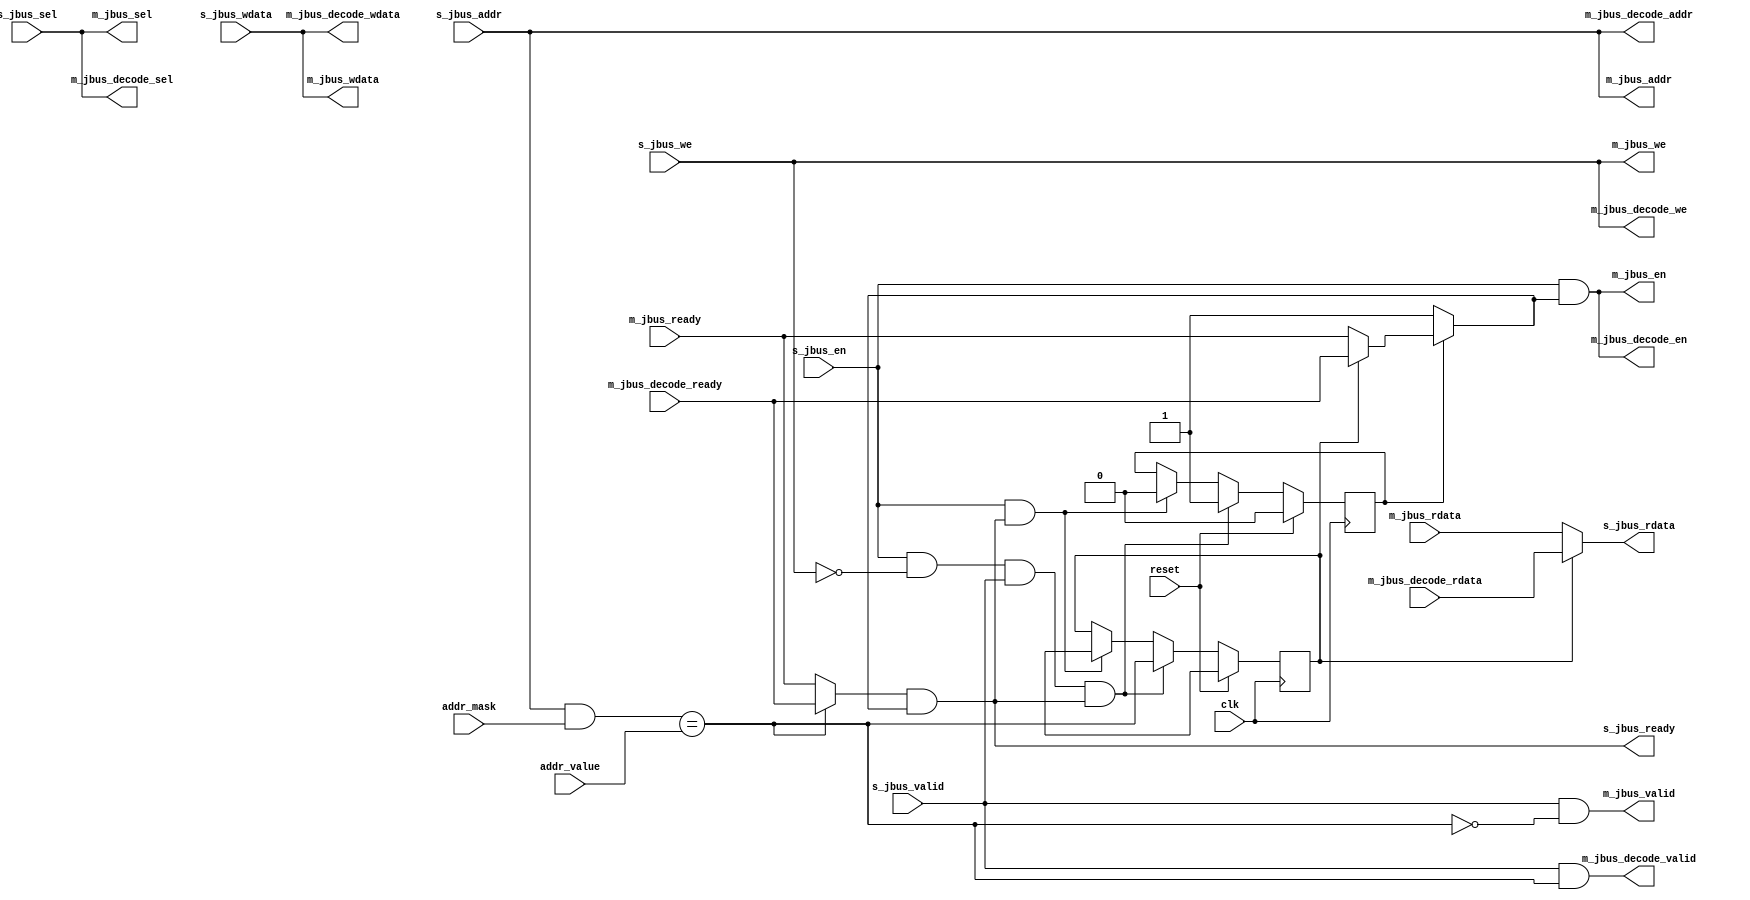
// This program was cloned from: https://github.com/ryuz/jelly
// License: MIT License

// ---------------------------------------------------------------------------
//  Jelly  -- The platform for real-time computing
//
//                                 Copyright (C) 2008-2015 by Ryuz
//                                 https://github.com/ryuz/jelly.git
// ---------------------------------------------------------------------------



`timescale 1ns / 1ps
`default_nettype none


// Jelly bus to WISHBONE bus bridge
module jelly_jbus_decoder
        #(
            parameter   SLAVE_ADDR_WIDTH   = 30,
            parameter   SLAVE_DATA_SIZE    = 2,                 // 0:8bit, 1:16bit, 2:32bit ...
            parameter   SLAVE_DATA_WIDTH   = (8 << SLAVE_DATA_SIZE),
            parameter   SLAVE_SEL_WIDTH    = (SLAVE_DATA_WIDTH / 8),
            
            parameter   DEC_ADDR_WIDTH     = SLAVE_ADDR_WIDTH
        )
        (
            // system
            input   wire                            reset,
            input   wire                            clk,
            
            // decode address
            input   wire    [SLAVE_ADDR_WIDTH-1:0]  addr_mask,
            input   wire    [SLAVE_ADDR_WIDTH-1:0]  addr_value,
            
            // slave port (jelly bus)
            input   wire                            s_jbus_en,
            input   wire    [SLAVE_ADDR_WIDTH-1:0]  s_jbus_addr,
            input   wire    [SLAVE_DATA_WIDTH-1:0]  s_jbus_wdata,
            output  wire    [SLAVE_DATA_WIDTH-1:0]  s_jbus_rdata,
            input   wire                            s_jbus_we,
            input   wire    [SLAVE_SEL_WIDTH-1:0]   s_jbus_sel,
            input   wire                            s_jbus_valid,
            output  wire                            s_jbus_ready,
            
            // master port (jelly bus)
            output  wire                            m_jbus_en,
            output  wire    [SLAVE_ADDR_WIDTH-1:0]  m_jbus_addr,
            output  wire    [SLAVE_DATA_WIDTH-1:0]  m_jbus_wdata,
            input   wire    [SLAVE_DATA_WIDTH-1:0]  m_jbus_rdata,
            output  wire                            m_jbus_we,
            output  wire    [SLAVE_SEL_WIDTH-1:0]   m_jbus_sel,
            output  wire                            m_jbus_valid,
            input   wire                            m_jbus_ready,
            
            // decoded port (jelly bus)
            output  wire                            m_jbus_decode_en,
            output  wire    [DEC_ADDR_WIDTH-1:0]    m_jbus_decode_addr,
            output  wire    [SLAVE_DATA_WIDTH-1:0]  m_jbus_decode_wdata,
            input   wire    [SLAVE_DATA_WIDTH-1:0]  m_jbus_decode_rdata,
            output  wire                            m_jbus_decode_we,
            output  wire    [SLAVE_SEL_WIDTH-1:0]   m_jbus_decode_sel,
            output  wire                            m_jbus_decode_valid,
            input   wire                            m_jbus_decode_ready
        );
    
    
    wire    sw;
    assign  sw = ((s_jbus_addr & addr_mask) == addr_value);
    
    wire    read_ready;
    reg     read_sw;
    
    reg     read_busy;
    always @ ( posedge clk ) begin
        if ( reset ) begin
            read_busy <= 1'b0;
            read_sw   <= 1'bx;
        end
        else begin
            if ( s_jbus_en & !s_jbus_we & s_jbus_valid & s_jbus_ready ) begin
                read_busy <= 1'b1;
                read_sw   <= sw;
            end
            else if ( s_jbus_en & s_jbus_ready ) begin
                read_busy <= 1'b0;
                read_sw   <= 1'bx;
            end
        end
    end
    
    assign read_ready          = read_busy ? (read_sw ? m_jbus_decode_ready : m_jbus_ready) : 1'b1;
    
    assign m_jbus_en           = s_jbus_en & read_ready;
    assign m_jbus_addr         = s_jbus_addr;
    assign m_jbus_wdata        = s_jbus_wdata; 
    assign m_jbus_we           = s_jbus_we;
    assign m_jbus_sel          = s_jbus_sel;
    assign m_jbus_valid        = s_jbus_valid & !sw;
    
    assign m_jbus_decode_en    = s_jbus_en & read_ready;
    assign m_jbus_decode_addr  = s_jbus_addr; 
    assign m_jbus_decode_wdata = s_jbus_wdata; 
    assign m_jbus_decode_we    = s_jbus_we;
    assign m_jbus_decode_sel   = s_jbus_sel;
    assign m_jbus_decode_valid = s_jbus_valid & sw;
    
    assign s_jbus_rdata        = read_sw ? m_jbus_decode_rdata : m_jbus_rdata;
    assign s_jbus_ready        = (sw ? m_jbus_decode_ready : m_jbus_ready) & read_ready;
    
endmodule


`default_nettype wire


// end of file